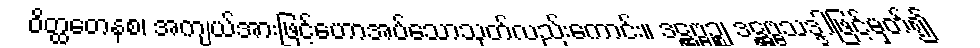
ဝိတ္ထတေနစ၊ အကျယ်အားဖြင့်ဟောအပ်သောသုတ်လည်းကောင်း။ ဒဋ္ဌဗ္ဗဉ္စ၊ ဒဋ္ဌဗ္ဗသဒ္ဒါဖြင့်မှတ်၍